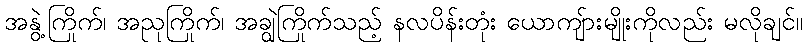
အနွဲ့ကြိုက်၊ အညုကြိုက်၊ အချွဲကြိုက်သည့် နလပိန်းတုံး ယောကျ်ားမျိုးကိုလည်း မလိုချင်။